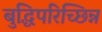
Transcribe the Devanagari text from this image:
बुद्धिपरिच्छिन्न